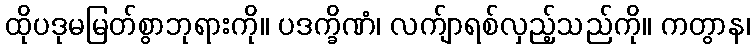
ထိုပဒုမမြတ်စွာဘုရားကို။ ပဒက္ခိဏံ၊ လက်ျာရစ်လှည့်သည်ကို။ ကတွာန၊